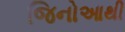
જિનોઆથી